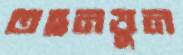
তহনত্তুন